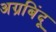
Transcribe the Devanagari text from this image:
अग्रबिंदू